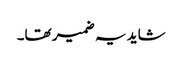
شاید یہ ضمیر تھا۔